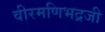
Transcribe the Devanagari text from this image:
वीरमणिभद्रजी